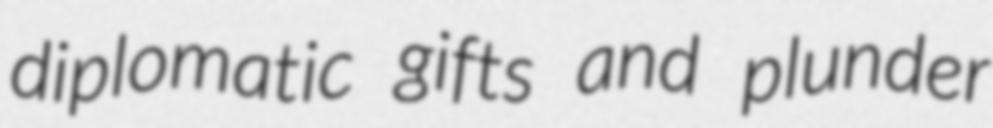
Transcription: diplomatic gifts and plunder